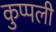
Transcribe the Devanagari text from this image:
कुप्पली